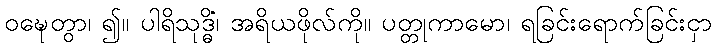
ဝဍ္ဎေတွာ၊ ၍။ ပါရိသုဒ္ဓိံ၊ အရိယဖိုလ်ကို။ ပတ္တုကာမော၊ ရခြင်းရောက်ခြင်းငှာ